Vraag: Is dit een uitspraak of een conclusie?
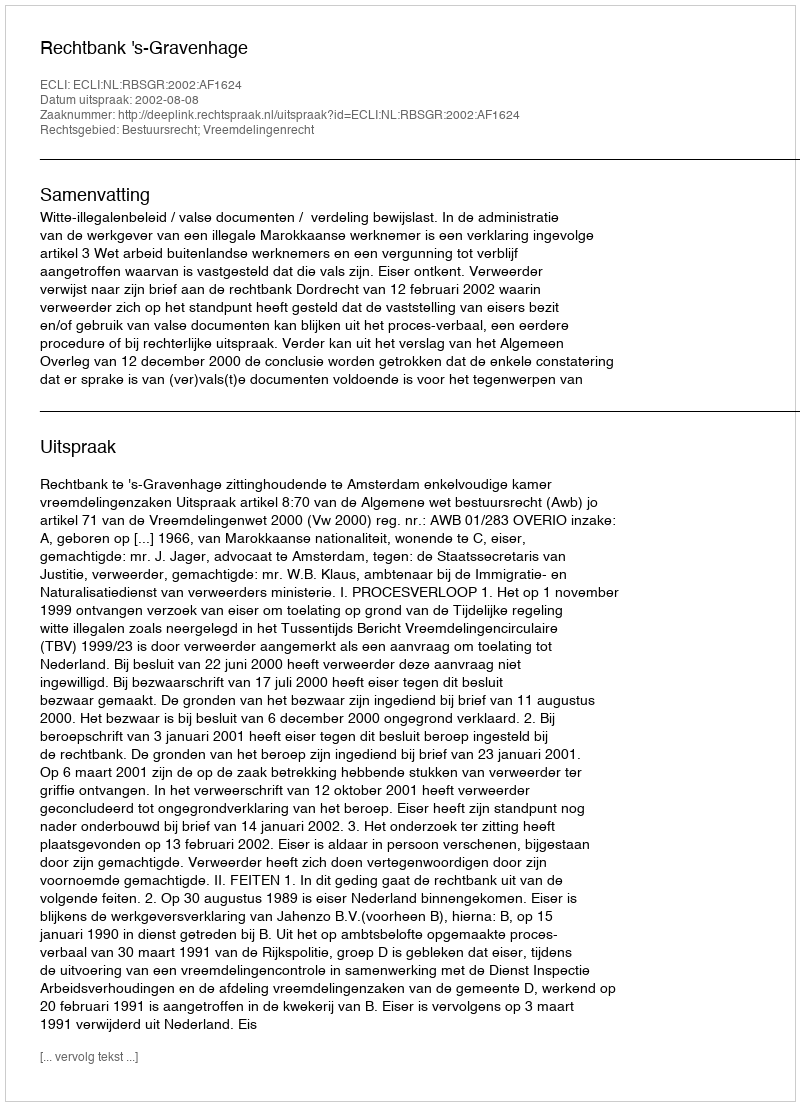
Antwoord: Uitspraak